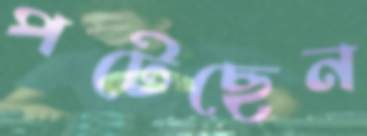
পটেছেন